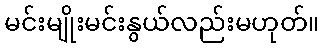
မင်းမျိုးမင်းနွယ်လည်းမဟုတ်။